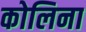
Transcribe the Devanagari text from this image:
कोलिना